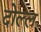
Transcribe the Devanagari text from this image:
दोल्ल